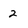
Character: 2